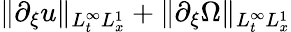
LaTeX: \| \partial_{\xi}u\| _{L_{t}^{\infty}L_{x}^{1}}+\| \partial_{\xi}\Omega\| _{L_{t}^{\infty}L_{x}^{1}}